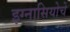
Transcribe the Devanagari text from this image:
इग्नासियोचे